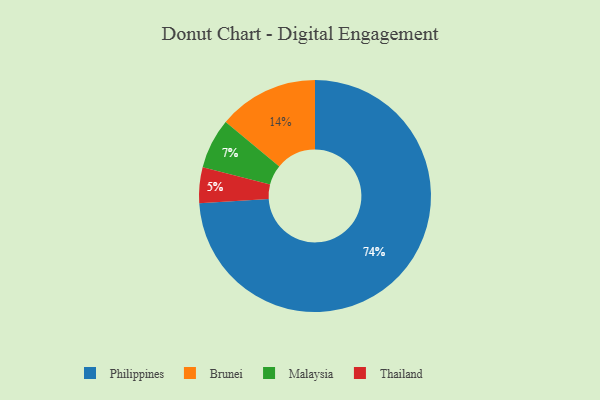
{"axis": {"x": "Category", "y": "Percentage"}, "legend": ["Brunei", "Malaysia", "Philippines", "Thailand"], "data": [{"x": "Philippines", "y": 74, "type": "Philippines"}, {"x": "Thailand", "y": 5, "type": "Thailand"}, {"x": "Brunei", "y": 14, "type": "Brunei"}, {"x": "Malaysia", "y": 7, "type": "Malaysia"}]}